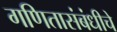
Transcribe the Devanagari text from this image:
गणितासंबंधीचे